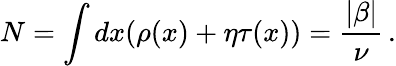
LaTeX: N=\int dx(\rho(x)+\eta\tau(x))={\frac{|\beta|}{\nu}}\, .